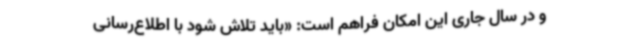
و در سال‌ جاری این امکان فراهم است: «باید تلاش شود با اطلاع‌رسانی